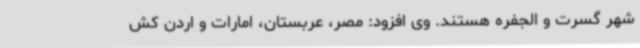
شهر گسرت و الجفره هستند. وی افزود: مصر، عربستان، امارات و اردن کش